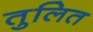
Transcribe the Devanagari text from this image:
तुलित